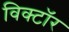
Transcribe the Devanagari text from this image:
विक्टॉर